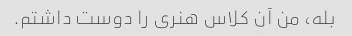
بله، من آن کلاس هنری را دوست داشتم.